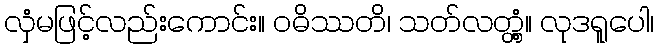
လှံမဖြင့်လည်းကောင်း။ ဝဓိဿတိ၊ သတ်လတ္တံ့။ လုဒရူပေါ၊